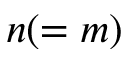
n ( = m )